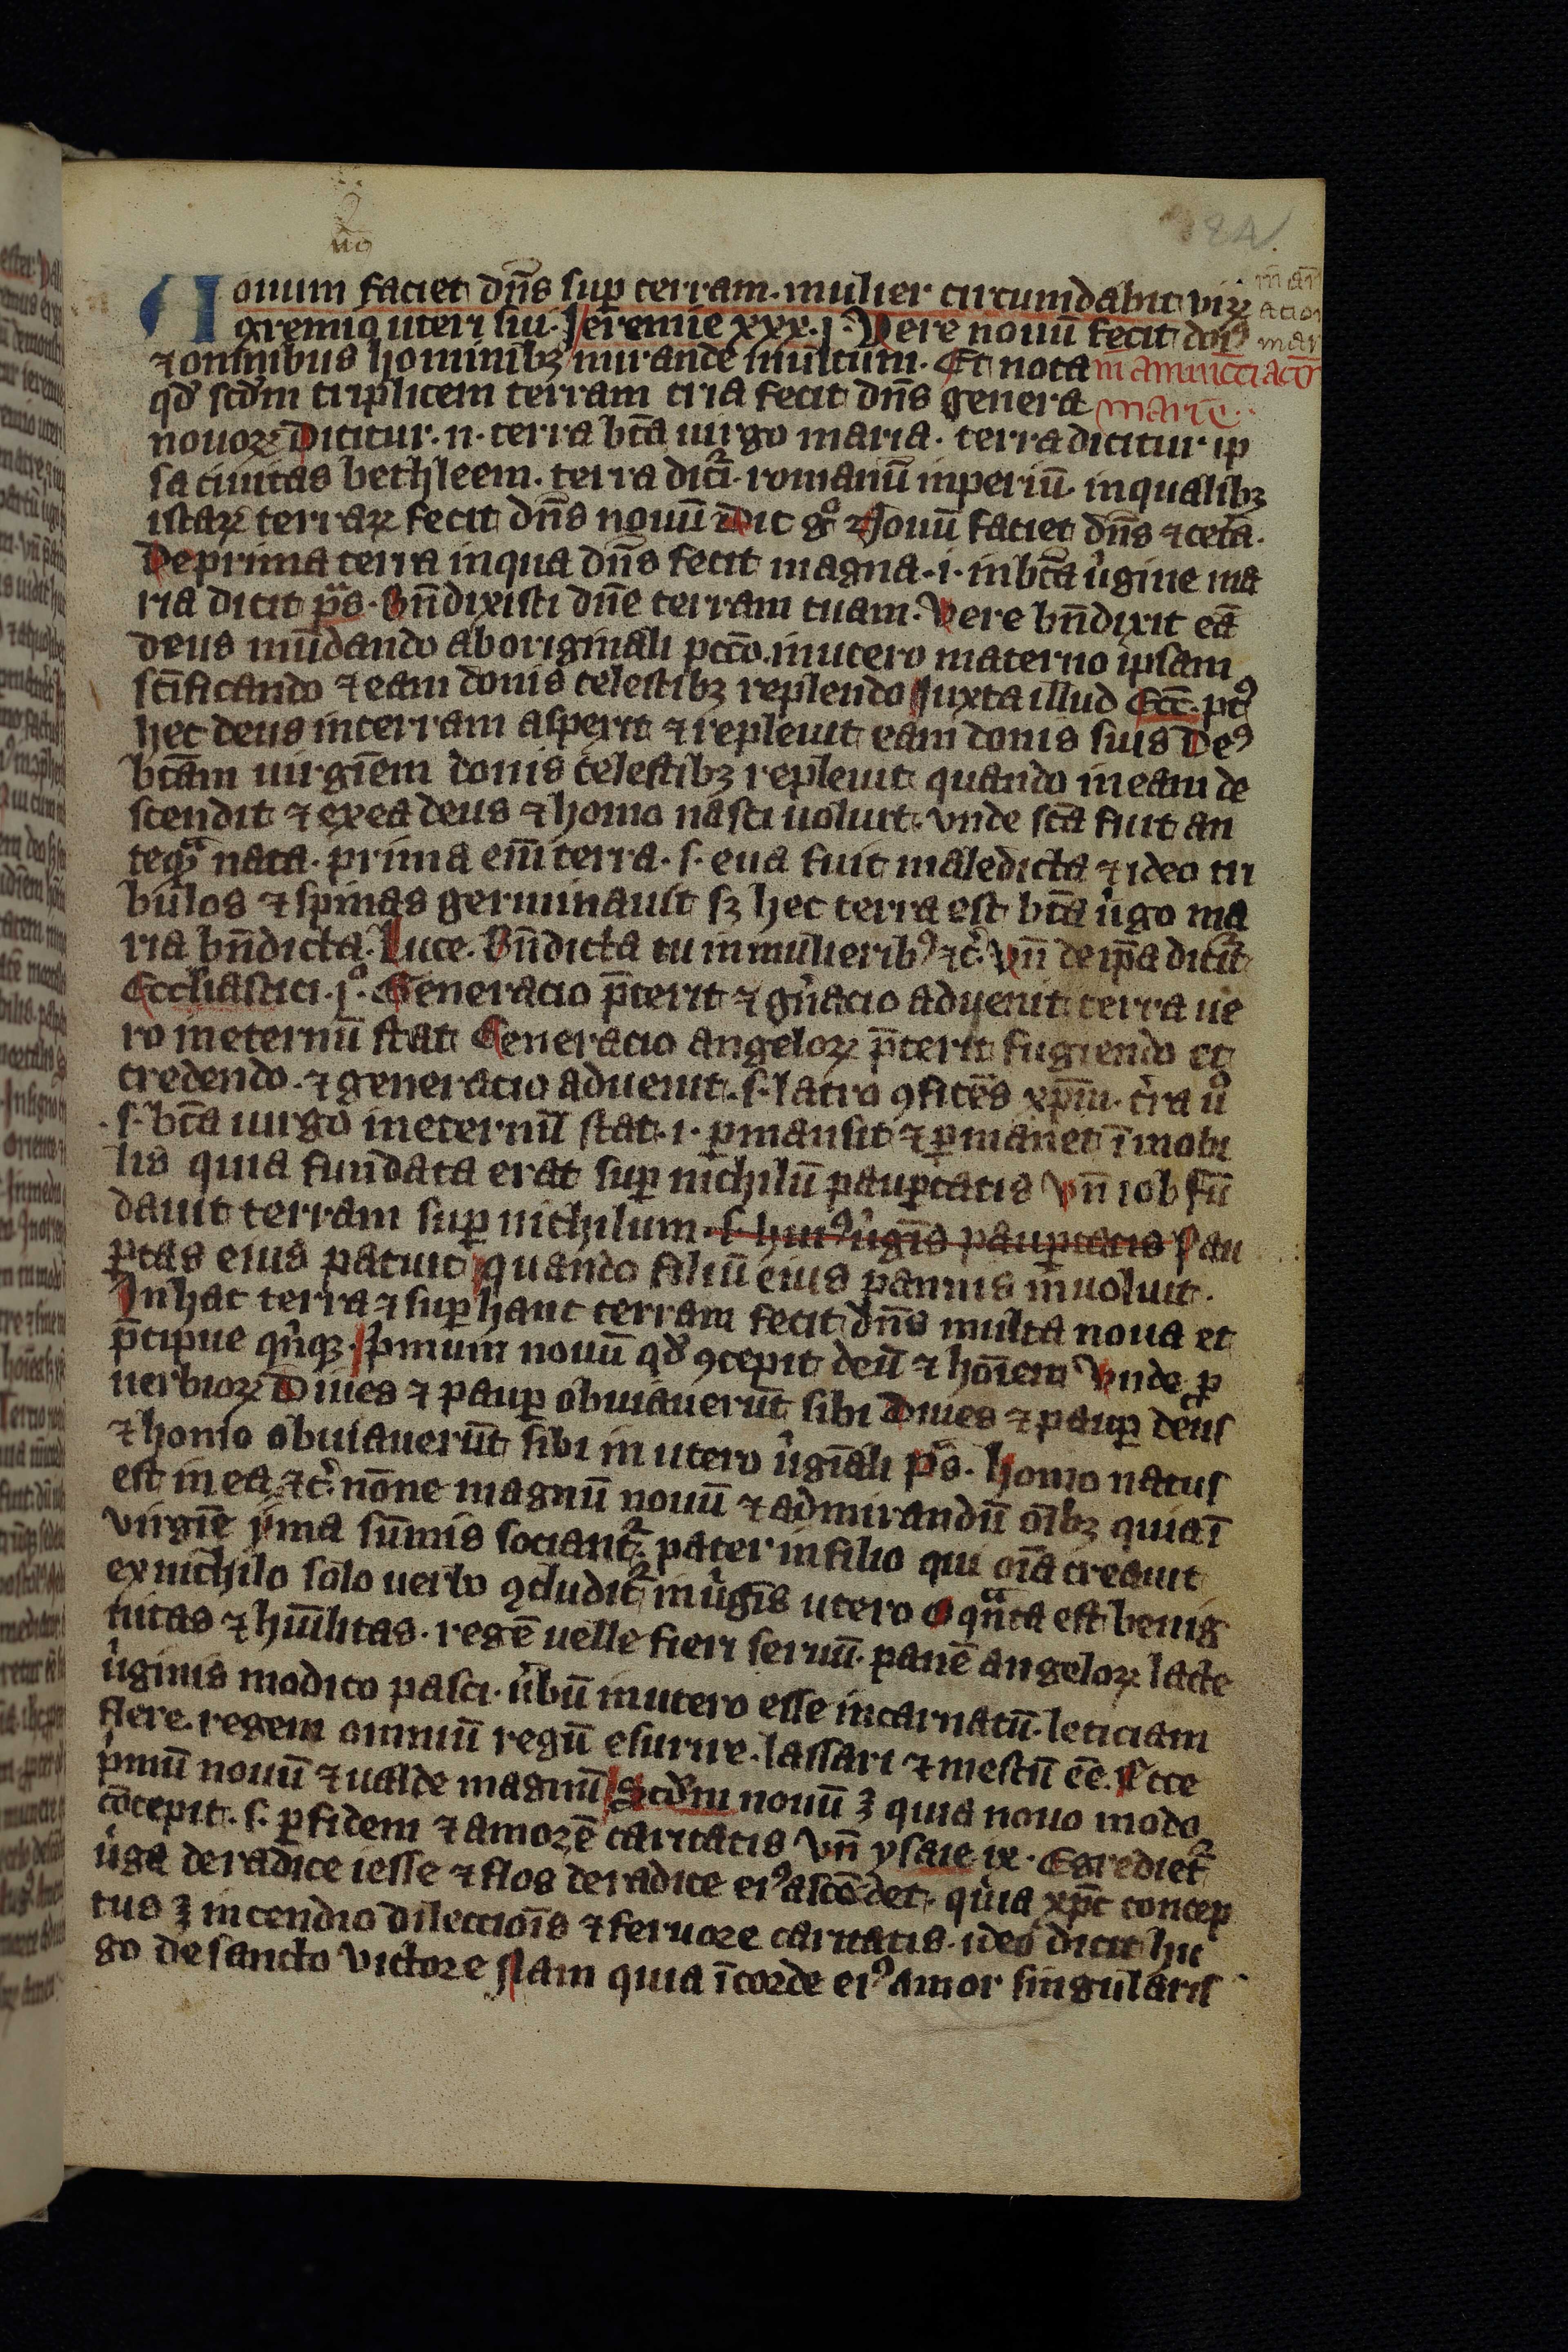
Shelfmark: Leipzig, Universitäts Bibliothek Leipzig, Ms 758
Century: 14